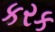
કરક